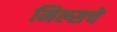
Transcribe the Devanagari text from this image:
मिल्सचे